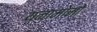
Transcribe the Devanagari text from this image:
यनामोमो